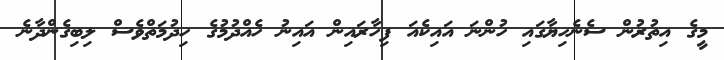
މީގެ އިތުރުން ސެނެހިޔާގައި ހުންނަ އައިކެއަ ފިހާރައިން އައިނުު ހެއްދުމުގެ ހިދުމަތްވެސް ލިބިގެންދާނެ